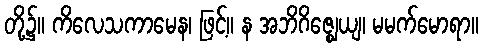
တို့၌။ ကိလေသကာမေန၊ ဖြင့်။ န အဘိဂိဇ္ဈေယျ၊ မမက်မောရာ။